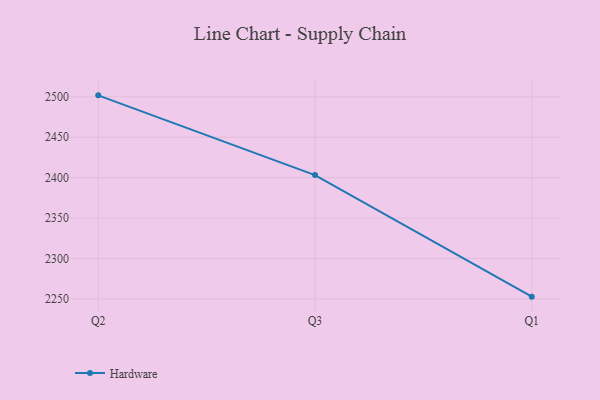
{"axis": {"x": "Quarter", "y": "Shipments"}, "legend": ["Hardware"], "data": [{"x": "Q2", "y": 2501.8, "type": "Hardware"}, {"x": "Q3", "y": 2403.2, "type": "Hardware"}, {"x": "Q1", "y": 2252.8, "type": "Hardware"}]}